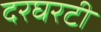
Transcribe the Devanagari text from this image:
दरघरटी